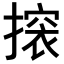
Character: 𢳤